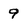
Character: 9